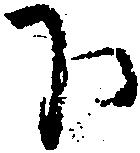
下